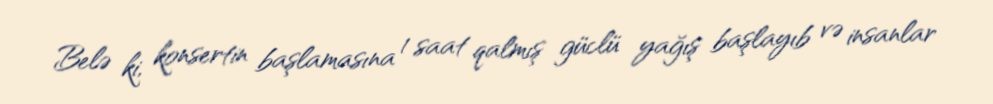
Belə ki, konsertin başlamasına 1 saat qalmış güclü yağış başlayıb və insanlar